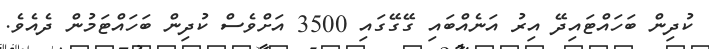
ކުދިން ބަހައްޓައިދޭ އިރު އަނެއްބައި ގޭގޭގައި 3500 އަށްވެސް ކުދިން ބަހައްޓަމުން ދެއެވެ.